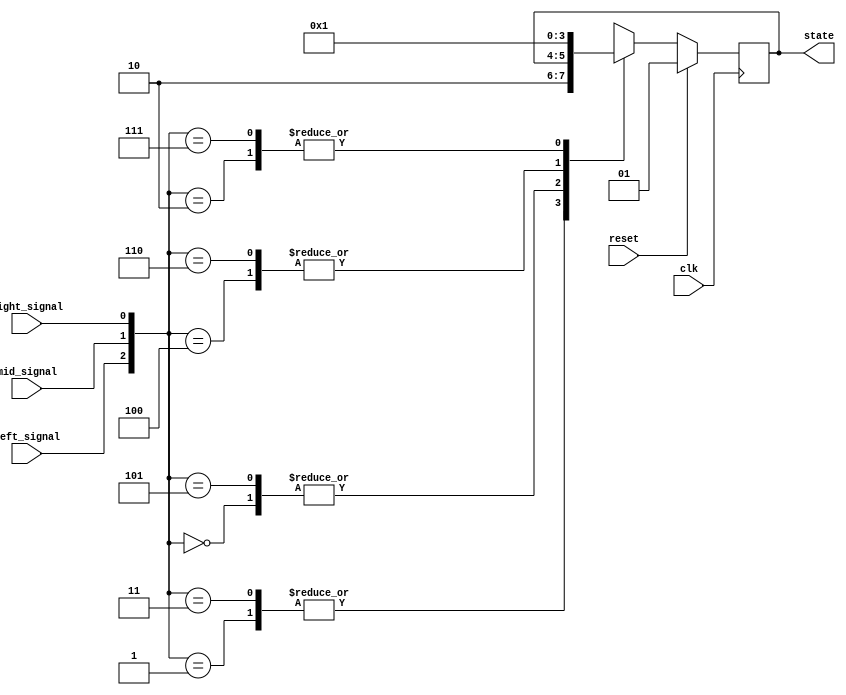
`timescale 1ns/1ps
module tracker_sensor(clk, reset, left_signal, right_signal, mid_signal, state);
    input clk;
    input reset;
    input left_signal, right_signal, mid_signal;
    output reg [1:0] state;
    reg [1:0] next_state;

    // [TO-DO] Receive three signals and make your own policy.
    // Hint: You can use output state to change your action.

    parameter LEFT = 2'b00;
    parameter MID = 2'b01;
    parameter RIGHT = 2'b10;
    // parameter OTHER = 2'b11;

    always@(posedge clk) begin
        if(reset) begin
            state <= MID;
        end
        else begin
            state <= next_state;
        end
    end

    always@(*) begin //1 for white, 0 for black
        case({left_signal, mid_signal, right_signal})
            3'b000: next_state = state;
            3'b001: next_state = RIGHT;
            3'b010: next_state = MID;
            3'b011: next_state = RIGHT;
            3'b100: next_state = LEFT;
            3'b101: next_state = state;
            3'b110: next_state = LEFT;
            3'b111: next_state = MID;
            default: next_state = state;
        endcase
    end

endmodule